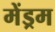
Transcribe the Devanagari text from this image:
मेंड्रम